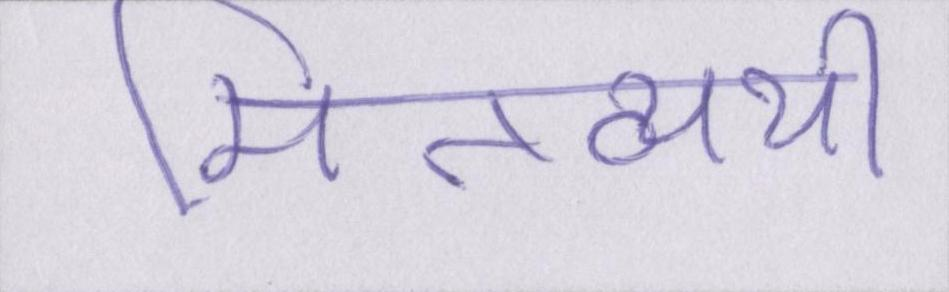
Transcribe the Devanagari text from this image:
मितव्ययी